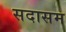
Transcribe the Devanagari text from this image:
सदासम